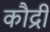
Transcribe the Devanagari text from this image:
कौद्री